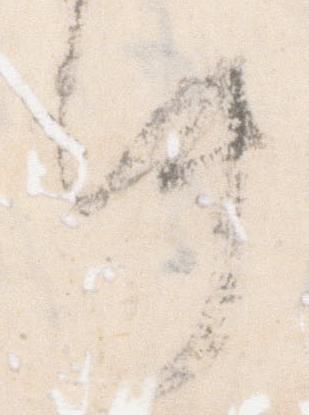
件